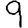
Digit: 9